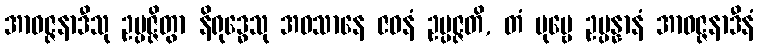
အာဝဇ္ဇနာဒီသု ဥပ္ပဇ္ဇိတွာ နိရုဒ္ဓေသု အဝသာနေ ဇဝနံ ဥပ္ပဇ္ဇတိ, တံ ပုဗ္ဗေ ဥပ္ပန္နာနံ အာဝဇ္ဇနာဒီနံ